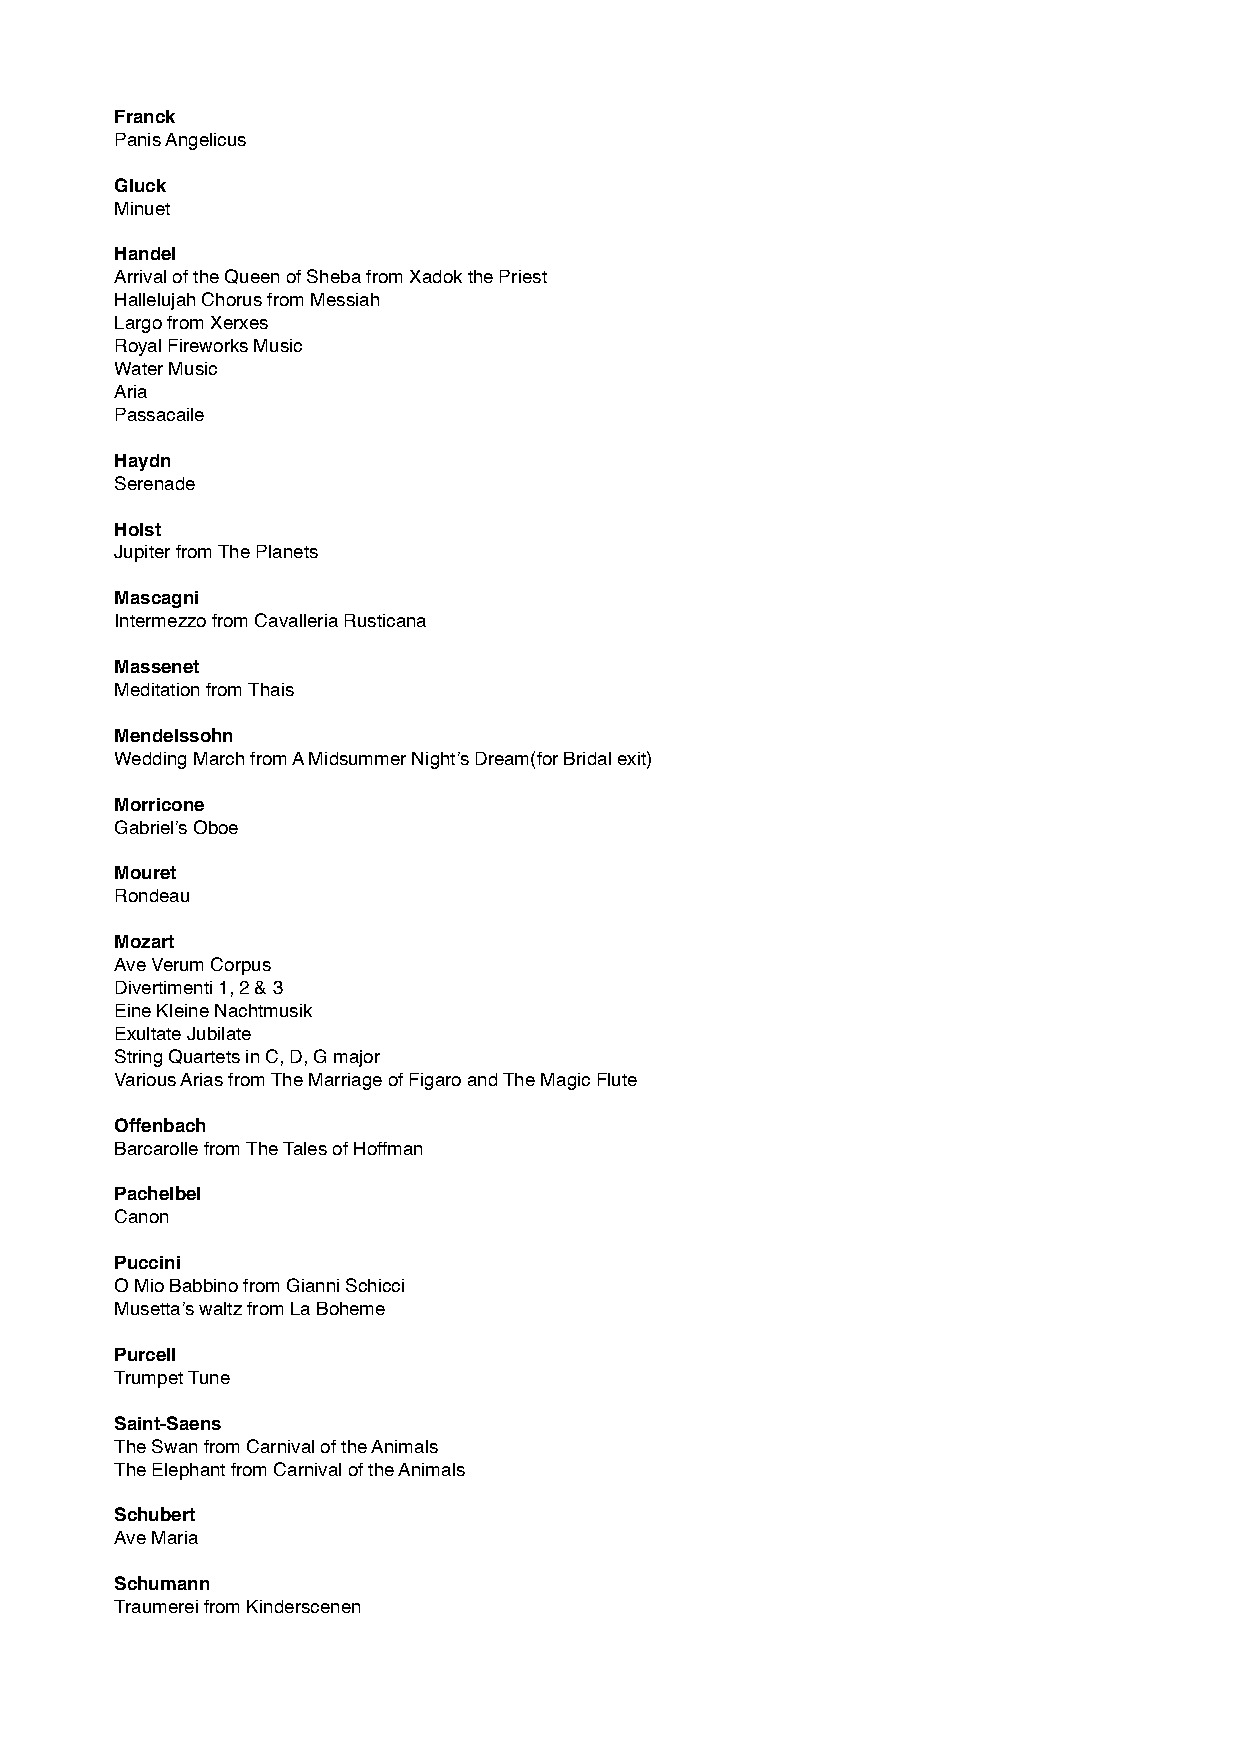
Franck
 Panis Angelicus
 Gluck
 Minuet
 Handel
 Arrival of the Queen of Sheba from Xadok the Priest
 Hallelujah Chorus from Messiah
 Largo from Xerxes
 Royal Fireworks Music
 Water Music
 Aria
 Passacaile
 Haydn
 Serenade
 Holst
 Jupiter from The Planets
 Mascagni
 Intermezzo from Cavalleria Rusticana
 Massenet
 Meditation from Thais
 Mendelssohn
 Wedding March from A Midsummer Night’s Dream(for Bridal exit)
 Morricone
 Gabriel’s Oboe
 Mouret
 Rondeau
 Mozart
 Ave Verum Corpus
 Divertimenti 1, 2 & 3
 Eine Kleine Nachtmusik
 Exultate Jubilate
 String Quartets in C, D, G major
 Various Arias from The Marriage of Figaro and The Magic Flute
 Offenbach
 Barcarolle from The Tales of Hoffman
 Pachelbel
 Canon
 Puccini
 O Mio Babbino from Gianni Schicci
 Musetta’s waltz from La Boheme
 Purcell
 Trumpet Tune
 Saint-Saens
 The Swan from Carnival of the Animals
 The Elephant from Carnival of the Animals
 Schubert
 Ave Maria
 Schumann
 Traumerei from Kinderscenen